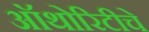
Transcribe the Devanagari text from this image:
ऑथोरिटीचे